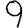
Digit: 9